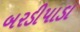
બરડીપાડા